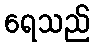
ရေသည်